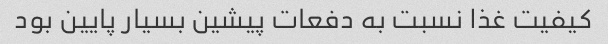
کیفیت غذا نسبت به دفعات پیشین بسیار پایین بود